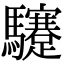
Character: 䮿